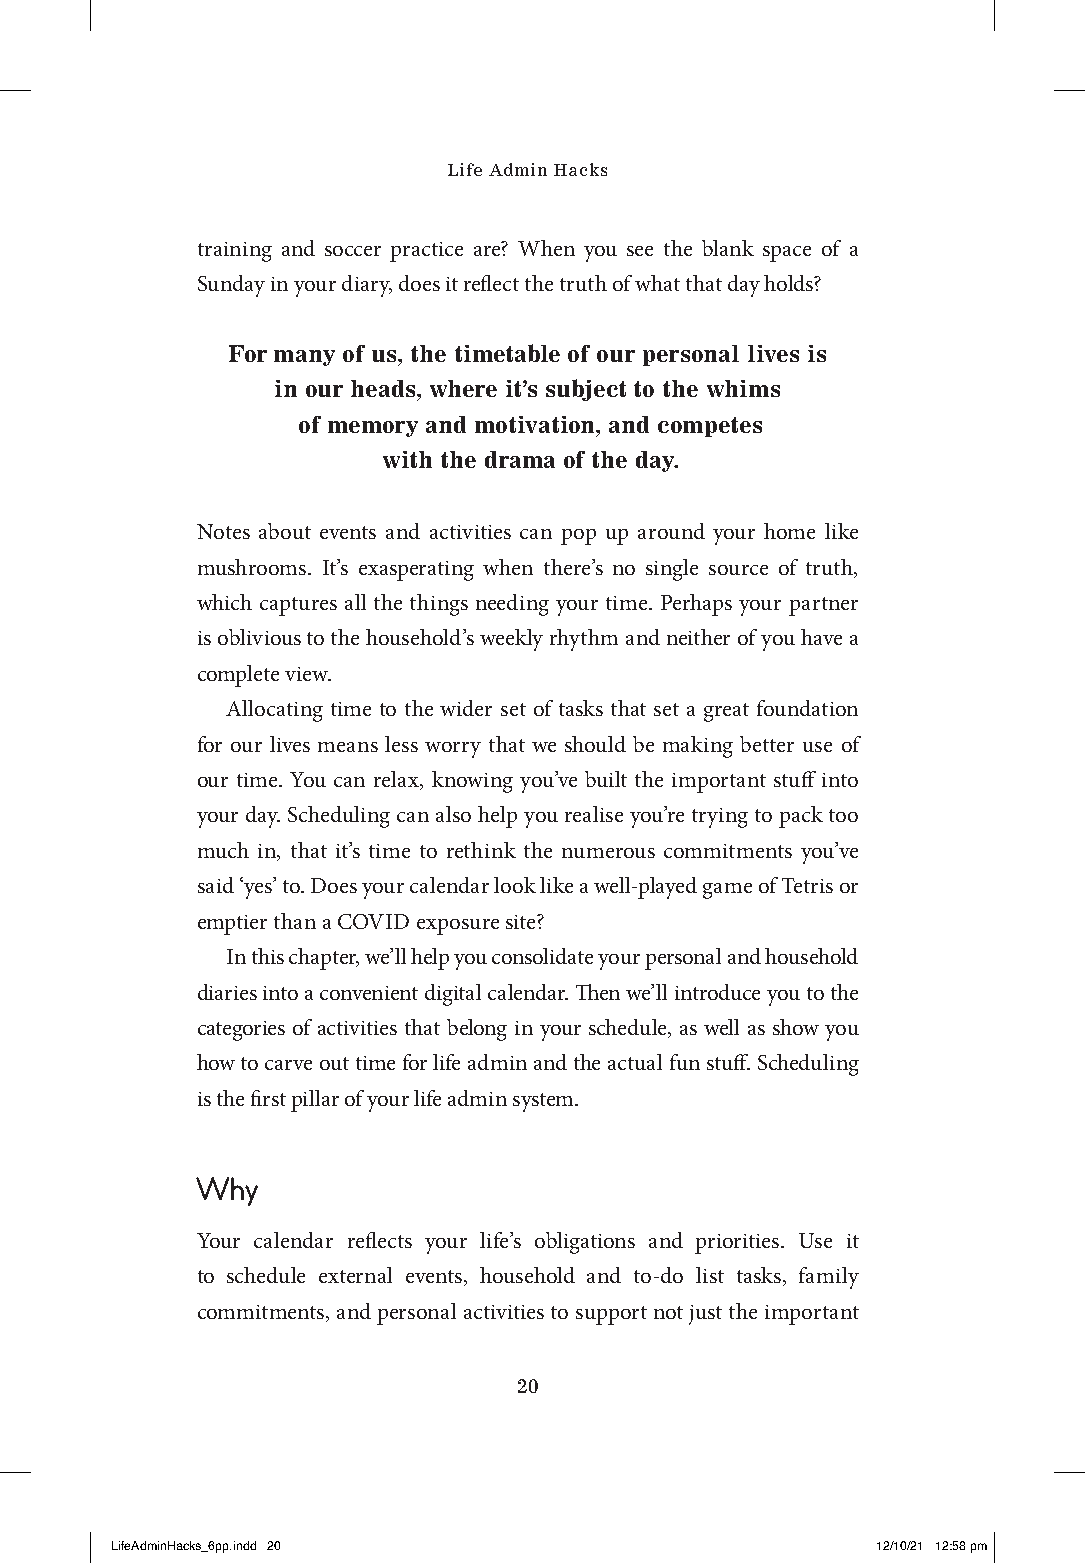
Life Admin Hacks
 training and soccer practice are? When you see the blank space of a
 Sunday in your diary, does it reflect the truth of what that day holds?
 For many of us, the timetable of our personal lives is
 in our heads, where it’s subject to the whims
 of memory and motivation, and competes
 with the drama of the day.
 Notes about events and activities can pop up around your home like
 mushrooms. It’s exasperating when there’s no single source of truth,
 which captures all the things needing your time. Perhaps your partner
 is oblivious to the household’s weekly rhythm and neither of you have a
 complete view.
 Allocating time to the wider set of tasks that set a great foundation
 for our lives means less worry that we should be making better use of
 our time. You can relax, knowing you’ve built the important stuff into
 your day. Scheduling can also help you realise you’re trying to pack too
 much in, that it’s time to rethink the numerous commitments you’ve
 said ‘yes’ to. Does your calendar look like a well-played game of Tetris or
 emptier than a COVID exposure site?
 In this chapter, we’ll help you consolidate your personal and household
 diaries into a convenient digital calendar. Then we’ll introduce you to the
 categories of activities that belong in your schedule, as well as show you
 how to carve out time for life admin and the actual fun stuff. Scheduling
 is the first pillar of your life admin system.
 Why
 Your calendar reflects your life’s obligations and priorities. Use it
 to schedule external events, household and to-do list tasks, family
 commitments, and personal activities to support not just the important
 20
 LLiiffeeAAddmmiinnHHaacckkss__66pppp..iinndddd 2200 1122//1100//2211 1122::5588 ppmm